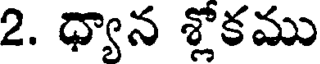
2. ధ్యాన శ్లోకము